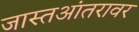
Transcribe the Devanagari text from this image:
जास्तआंतरावर